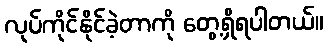
လုပ်ကိုင်နိုင်ခဲ့တာကို တွေ့ရှိရပါတယ်။